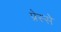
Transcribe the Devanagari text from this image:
प्रेस्से